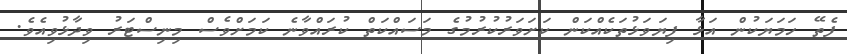
ފެތޭ ހަމަޔަކުން އަޅާ ފިޔަވަޅުތަކެއްކަން ކަށަވަރުކުރުމުގެ މަސައްކަތް ކުރައްވާނެ ކަމަށްވެސް މިނިސްޓަރު ވިދާޅުވިއެވެ.